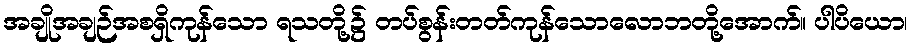
အချိုအချဉ်အစရှိကုန်သော ရသတို့၌ တပ်စွန်းတတ်ကုန်သောလောဘတို့အောက်။ ပါပိယော၊